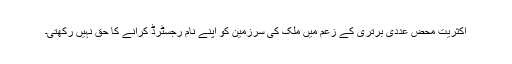
اکثریت محض عددی برتری کے زعم میں ملک کی سرزمین کو اپنے نام رجسٹرڈ کرانے کا حق نہیں رکھتی۔